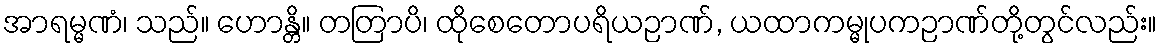
အာရမ္မဏံ၊ သည်။ ဟောန္တိ။ တတြာပိ၊ ထိုစေတောပရိယဉာဏ်, ယထာကမ္မုပကဉာဏ်တို့တွင်လည်း။